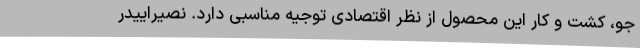
جو، کشت و کار این محصول از نظر اقتصادی توجیه مناسبی دارد. نصیراییدر